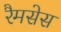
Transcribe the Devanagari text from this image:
रैमसेस